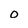
Character: 0